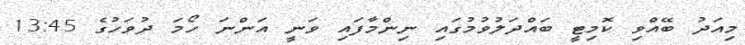
މިއަދު ބޭއްވި ކޮމިޓީ ބައްދަލުވުމުގައި ނިންމާފައި ވަނީ އަންނަ ހޯމަ ދުވަހުގެ 13:45